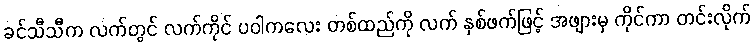
ခင်သီသီက လက်တွင် လက်ကိုင် ပဝါကလေး တစ်ထည်ကို လက် နှစ်ဖက်ဖြင့် အဖျားမှ ကိုင်ကာ တင်းလိုက်